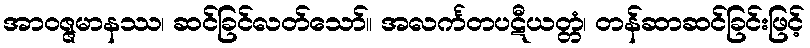
အာဝဇ္ဇမာနဿ၊ ဆင်ခြင်လတ်သော်။ အလင်္ကတပဋီယတ္တံ၊ တန်ဆာဆင်ခြင်းဖြင့်